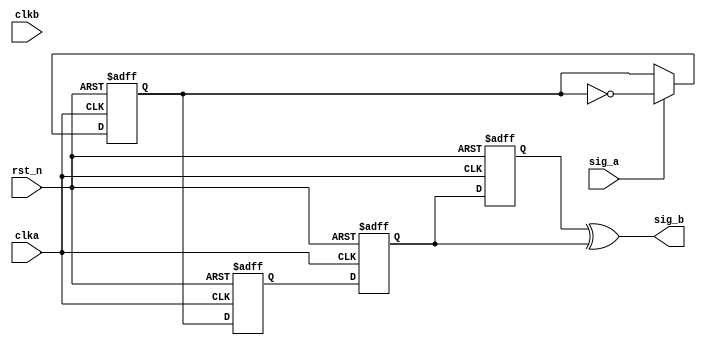
module quick2slow
(
	input	wire			clka	,
	input	wire			clkb	,
	input	wire			rst_n	,
	input	wire			sig_a	,
	
	output	wire			sig_b
);


reg		trig;
always@(posedge clka or negedge rst_n)
	if(!rst_n)
		trig <= 1'b0;
	else if(sig_a==1'b1)
		trig <= ~trig;
	else
		trig <= trig;
		
reg		sig_b_reg1;
reg		sig_b_reg2;
reg		sig_b_reg3;
always@(posedge clka or negedge rst_n)
	if(!rst_n)
		begin
			sig_b_reg1 <= 1'b0;
			sig_b_reg2 <= 1'b0;
			sig_b_reg3 <= 1'b0;
		end
	else
		begin
			sig_b_reg1 <= trig;
			sig_b_reg2 <= sig_b_reg1;
			sig_b_reg3 <= sig_b_reg2;
		end
		
assign sig_b = sig_b_reg3^ sig_b_reg2 ;


endmodule